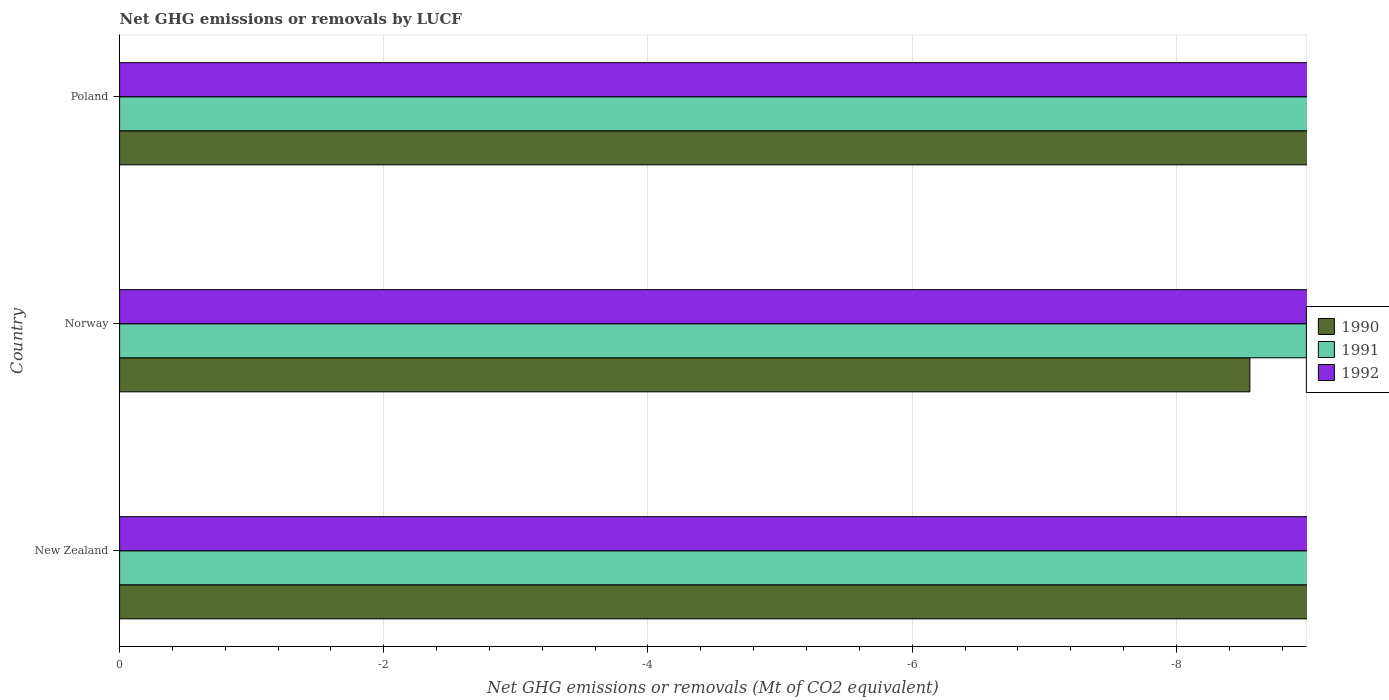
| Country | 1990 | 1991 | 1992 |
 | --- | --- | --- | --- |
 | New Zealand | -23.5 | -24.1 | -23.3 |
 | Norway | -8.56 | -9.11 | -9.58 |
 | Poland | -20.1 | -21.1 | -14.2 |